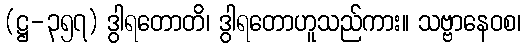
(ဋ္ဌ-၃၅၇) ဒွါရတောတိ၊ ဒွါရတောဟူသည်ကား။ သဗ္ဗာနေဝစ၊